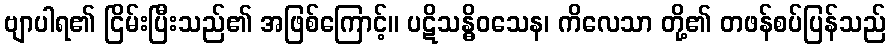
ဗျာပါရ၏ ငြိမ်းပြီးသည်၏ အဖြစ်ကြောင့်။ ပဋိသန္ဓိဝသေန၊ ကိလေသာ တို့၏ တဖန်စပ်ပြန်သည်